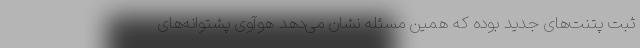
ثبت پتنت‌های جدید بوده که همین مسئله نشان می‌دهد هوآوی پشتوانه‌های